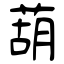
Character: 葫